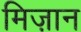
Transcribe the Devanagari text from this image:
मिज़ान